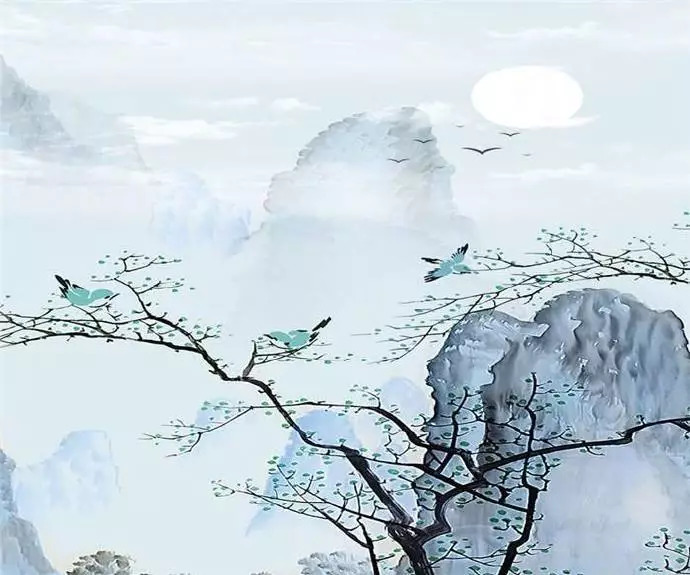
都缘自有离恨，故画作远山长。